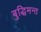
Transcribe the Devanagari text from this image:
बुद्धिमन्त